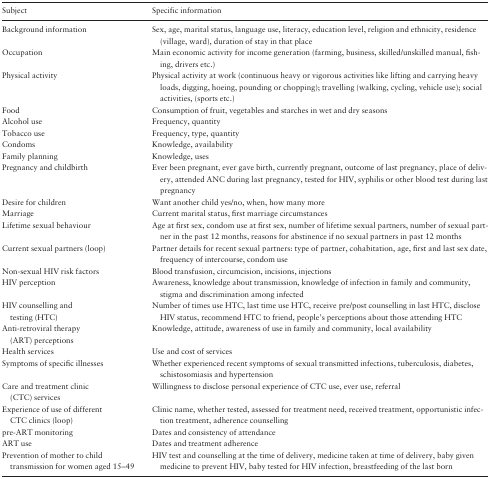
<table><thead><tr><td><b>Subject</b></td><td><b>Specific information</b></td></tr></thead><tbody><tr><td>Background information</td><td>Sex, age, marital status, language use, literacy, education level, religion and ethnicity, residence (village, ward), duration of stay in that place</td></tr><tr><td>Occupation</td><td>Main economic activity for income generation (farming, business, skilled/unskilled manual, fishing, drivers etc.)</td></tr><tr><td>Physical activity</td><td>Physical activity at work (continuous heavy or vigorous activities like lifting and carrying heavy loads, digging, hoeing, pounding or chopping); travelling (walking, cycling, vehicle use); social activities, (sports etc.)</td></tr><tr><td>Food</td><td>Consumption of fruit, vegetables and starches in wet and dry seasons</td></tr><tr><td>Alcohol use</td><td>Frequency, quantity</td></tr><tr><td>Tobacco use</td><td>Frequency, type, quantity</td></tr><tr><td>Condoms</td><td>Knowledge, availability</td></tr><tr><td>Family planning</td><td>Knowledge, uses</td></tr><tr><td>Pregnancy and childbirth</td><td>Ever been pregnant, ever gave birth, currently pregnant, outcome of last pregnancy, place of delivery, attended ANC during last pregnancy, tested for HIV, syphilis or other blood test during last pregnancy</td></tr><tr><td>Desire for children</td><td>Want another child yes/no, when, how many more</td></tr><tr><td>Marriage</td><td>Current marital status, first marriage circumstances</td></tr><tr><td>Lifetime sexual behaviour</td><td>Age at first sex, condom use at first sex, number of lifetime sexual partners, number of sexual partner in the past 12 months, reasons for abstinence if no sexual partners in past 12 months</td></tr><tr><td>Current sexual partners (loop)</td><td>Partner details for recent sexual partners: type of partner, cohabitation, age, first and last sex date, frequency of intercourse, condom use</td></tr><tr><td>Non-sexual HIV risk factors</td><td>Blood transfusion, circumcision, incisions, injections</td></tr><tr><td>HIV perception</td><td>Awareness, knowledge about transmission, knowledge of infection in family and community, stigma and discrimination among infected</td></tr><tr><td>HIV counselling and testing (HTC)</td><td>Number of times use HTC, last time use HTC, receive pre/post counselling in last HTC, disclose HIV status, recommend HTC to friend, people’s perceptions about those attending HTC</td></tr><tr><td>Anti-retroviral therapy (ART) perceptions</td><td>Knowledge, attitude, awareness of use in family and community, local availability</td></tr><tr><td>Health services</td><td>Use and cost of services</td></tr><tr><td>Symptoms of specific illnesses</td><td>Whether experienced recent symptoms of sexual transmitted infections, tuberculosis, diabetes, schistosomiasis and hypertension</td></tr><tr><td>Care and treatment clinic (CTC) services</td><td>Willingness to disclose personal experience of CTC use, ever use, referral</td></tr><tr><td>Experience of use of different CTC clinics (loop)</td><td>Clinic name, whether tested, assessed for treatment need, received treatment, opportunistic infection treatment, adherence counselling</td></tr><tr><td>pre-ART monitoring</td><td>Dates and consistency of attendance</td></tr><tr><td>ART use</td><td>Dates and treatment adherence</td></tr><tr><td>Prevention of mother to child transmission for women aged 15–49</td><td>HIV test and counselling at the time of delivery, medicine taken at time of delivery, baby given medicine to prevent HIV, baby tested for HIV infection, breastfeeding of the last born</td></tr></tbody></table>